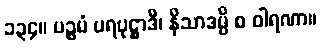
၁၃၄။ ပဉ္စမံ ပရပုဋ္ဌာဒီ၊ နိသာဒမ္ပိ စ ဝါရဏာ။